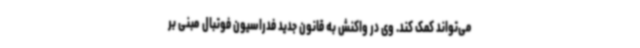
می‌تواند کمک کند. وی در واکنش به قانون جدید فدراسیون فوتبال مبنی بر